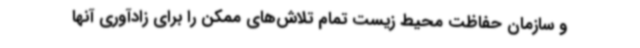
و سازمان حفاظت محیط‌ زیست تمام تلاش‌های ممکن را برای زادآوری آنها